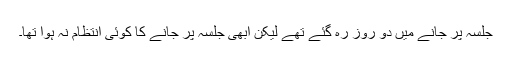
جلسہ پر جانے میں دو روز رہ گئے تھے لیکن ابھی جلسہ پر جانے کا کوئی انتظام نہ ہوا تھا۔